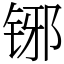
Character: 铘